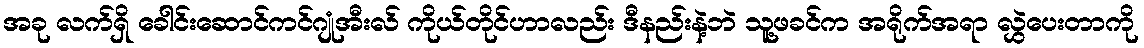
အခု လက်ရှိ ခေါင်းဆောင်ကင်ဂျုံအီးလ် ကိုယ်တိုင်ဟာလည်း ဒီနည်းနဲ့ဘဲ သူ့ဖခင်က အရိုက်အရာ လွှဲပေးတာကို